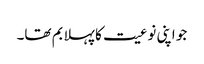
جو اپنی نوعیت کا پہلا بم تھا۔